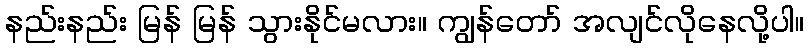
နည်းနည်း မြန် မြန် သွားနိုင်မလား။ ကျွန်တော် အလျင်လိုနေလို့ပါ။